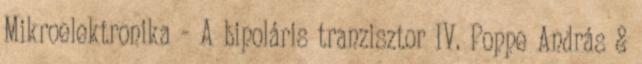
Mikroelektronika - A bipoláris tranzisztor IV. Poppe András &